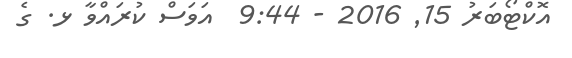
އޮކްޓޯބަރު 15